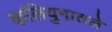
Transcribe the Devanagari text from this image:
कलियुगातले